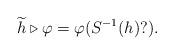
LaTeX: \begin{align*}\widetilde{h} \triangleright \varphi = \varphi(S^{-1}(h)?).\end{align*}